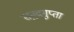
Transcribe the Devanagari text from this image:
सनुद्रगुप्ता